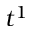
t ^ { 1 }